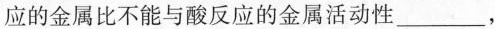
应的金属比不能与酸反应的金属活动性___，